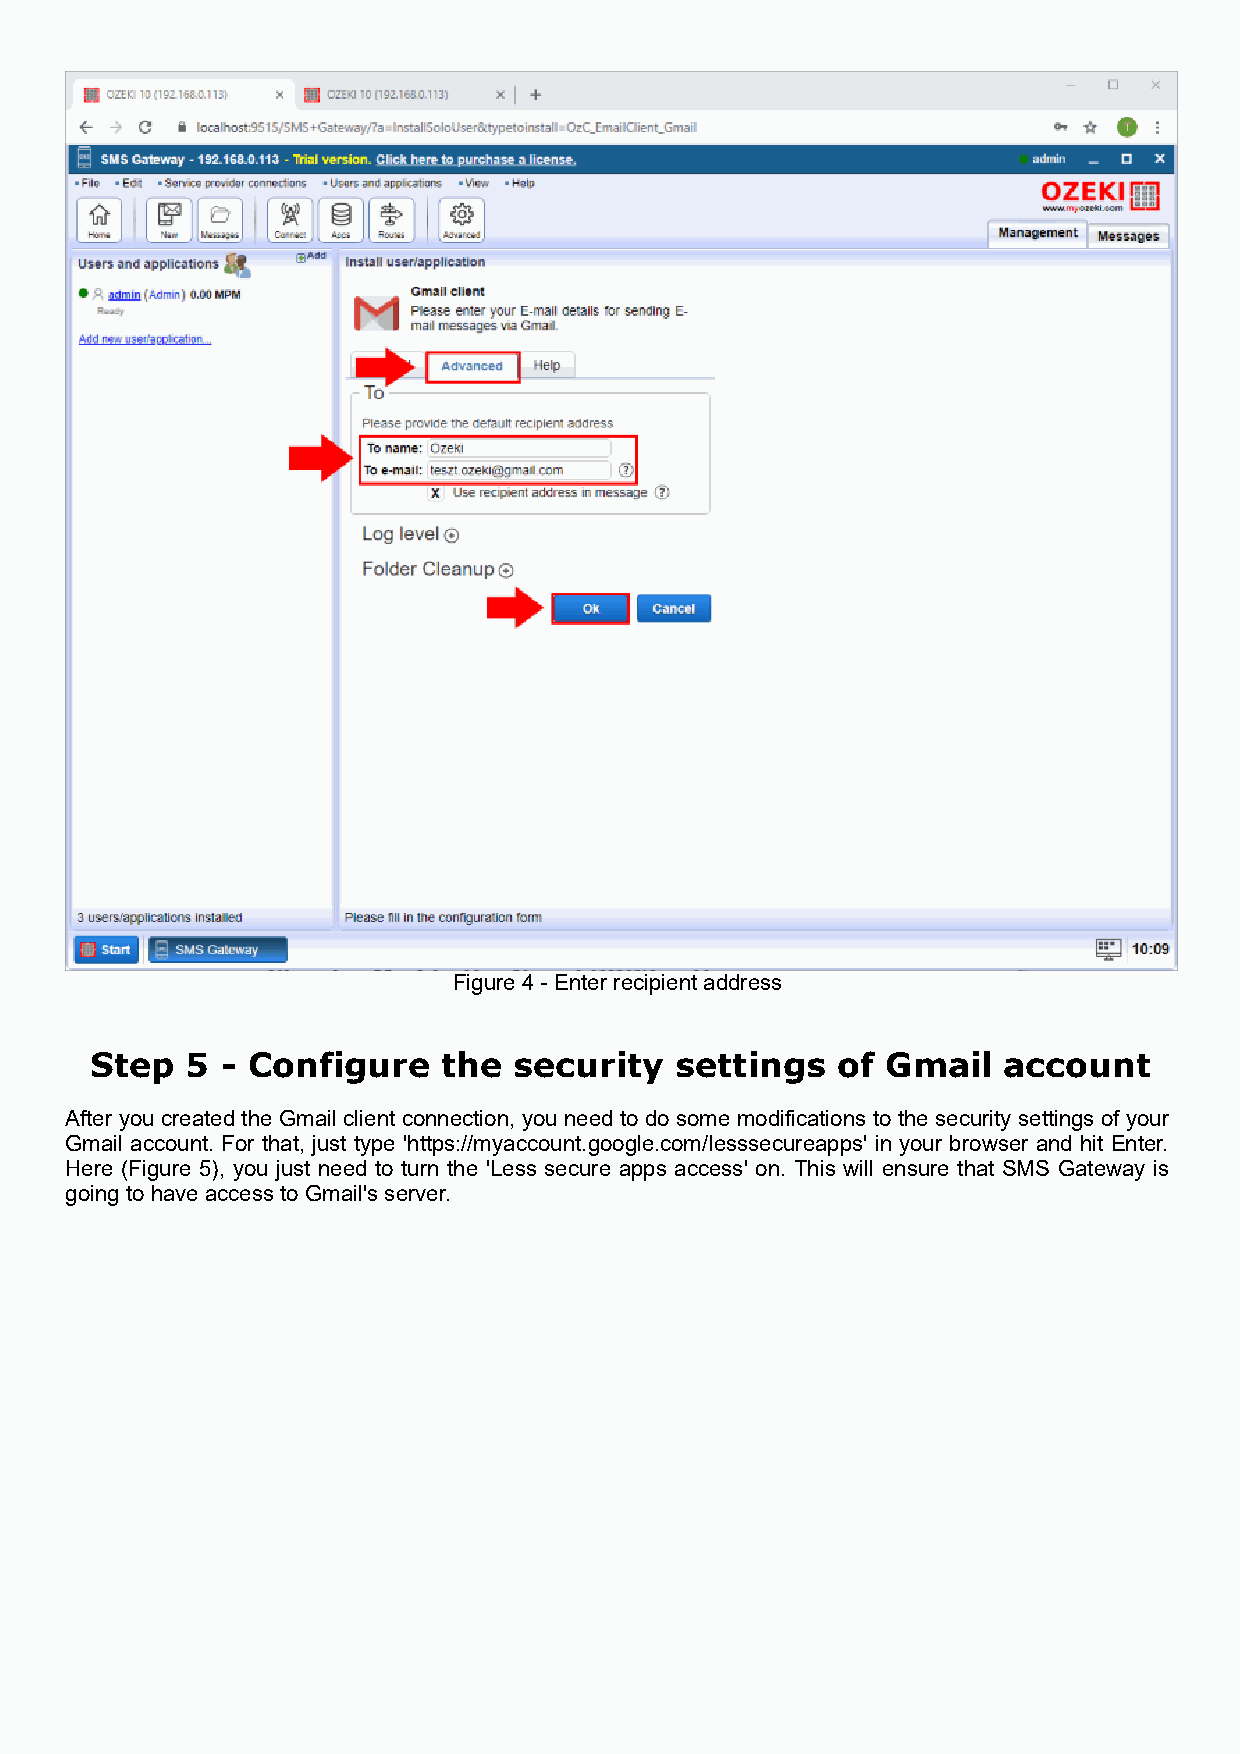
Figure 4 - Enter recipient address
 Step  5  - Configure   the  security   settings  of  Gmail   account
 After you created the Gmail client connection, you need to do some modifications to the security settings of your
 Gmail account. For that, just type 'https://myaccount.google.com/lesssecureapps' in your browser and hit Enter.
 Here (Figure 5), you just need to turn the 'Less secure apps access' on. This will ensure that SMS Gateway is
 going to have access to Gmail's server.